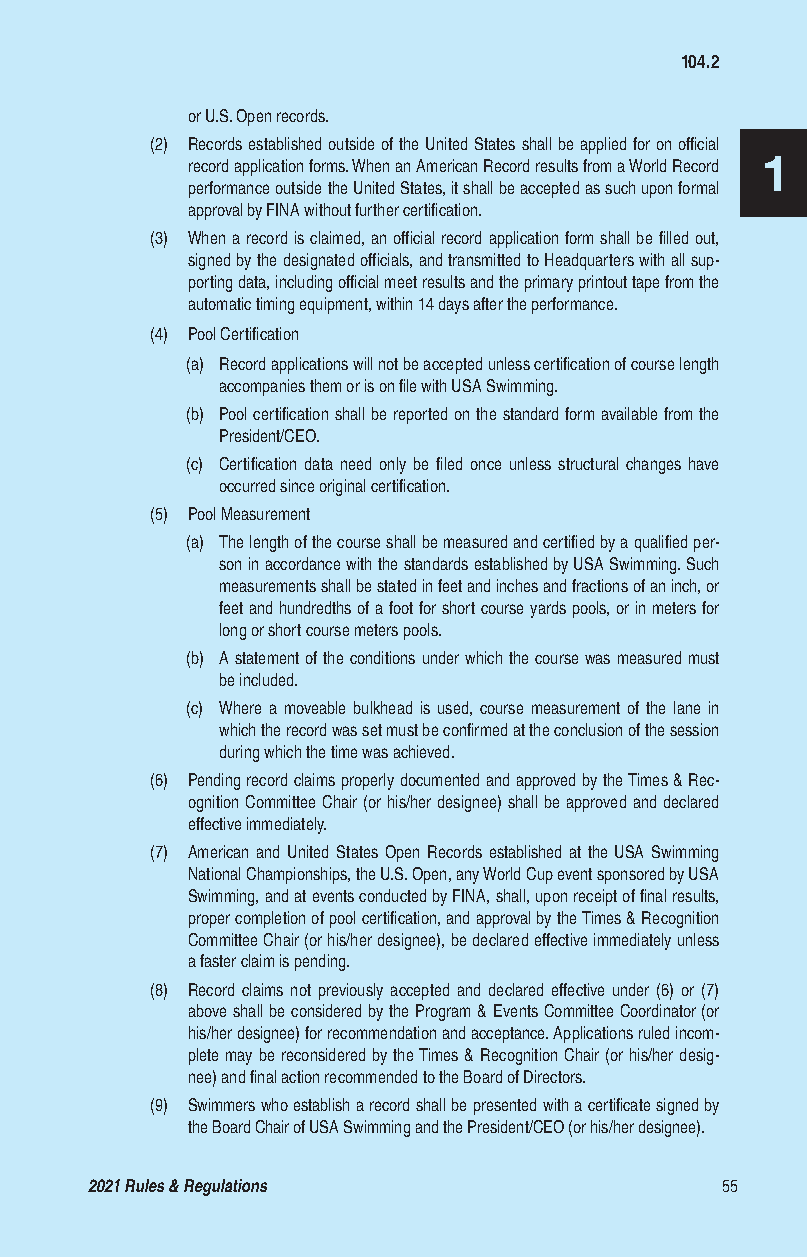
104.2
 or U.S. Open records.
 (2) Records established outside of the United States shall be applied for on official
 1
 record application forms. When an American Record results from a World Record
 performance outside the United States, it shall be accepted as such upon formal
 approval by FINA without further certification.
 (3) When a record is claimed, an official record application form shall be filled out,
 signed by the designated officials, and transmitted to Headquarters with all sup-
 porting data, including official meet results and the primary printout tape from the
 automatic timing equipment, within 14 days after the performance.
 (4) Pool Certification
 (a) Record applications will not be accepted unless certification of course length
 accompanies them or is on file with USA Swimming.
 (b) Pool certification shall be reported on the standard form available from the
 President/CEO.
 (c) Certification data need only be filed once unless structural changes have
 occurred since original certification.
 (5) Pool Measurement
 (a) The length of the course shall be measured and certified by a qualified per-
 son in accordance with the standards established by USA Swimming. Such
 measurements shall be stated in feet and inches and fractions of an inch, or
 feet and hundredths of a foot for short course yards pools, or in meters for
 long or short course meters pools.
 (b) A statement of the conditions under which the course was measured must
 be included.
 (c) Where a moveable bulkhead is used, course measurement of the lane in
 which the record was set must be confirmed at the conclusion of the session
 during which the time was achieved.
 (6) Pending record claims properly documented and approved by the Times & Rec-
 ognition Committee Chair (or his/her designee) shall be approved and declared
 effective immediately.
 (7) American and United States Open Records established at the USA Swimming
 National Championships, the U.S. Open, any World Cup event sponsored by USA
 Swimming, and at events conducted by FINA, shall, upon receipt of final results,
 proper completion of pool certification, and approval by the Times & Recognition
 Committee Chair (or his/her designee), be declared effective immediately unless
 a faster claim is pending.
 (8) Record claims not previously accepted and declared effective under (6) or (7)
 above shall be considered by the Program & Events Committee Coordinator (or
 his/her designee) for recommendation and acceptance. Applications ruled incom-
 plete may be reconsidered by the Times & Recognition Chair (or his/her desig-
 nee) and final action recommended to the Board of Directors.
 (9) Swimmers who establish a record shall be presented with a certificate signed by
 the Board Chair of USA Swimming and the President/CEO (or his/her designee).
 2021 Rules & Regulations                  55